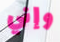
وإني